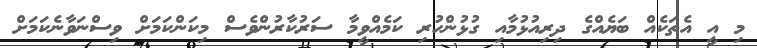
މި އީ އެތަކެއް ބަޔެއްގެ ދިރިއުޅުމާއި ގުޅުންހުރި ކަމެއްވީމާ ސަރުކާރުންވެސް މިކަންކަމަށް ވިސްނަވާނެކަމަށް